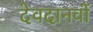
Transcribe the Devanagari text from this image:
देवदानवों